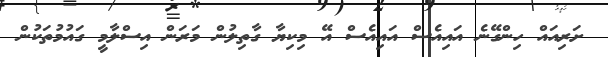
ށަރިއައް ހިންގޭނެ އައިއެސް އައިއެސް އޭ މިކިޔާ ގާތިލުން މަރަން އިސްލާމީ ގައުމުތަކުން